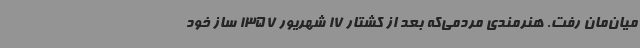
میان‌مان رفت. هنرمندی مردمی‌که بعد ‌از کشتار 17 شهریور 1357 ساز خود